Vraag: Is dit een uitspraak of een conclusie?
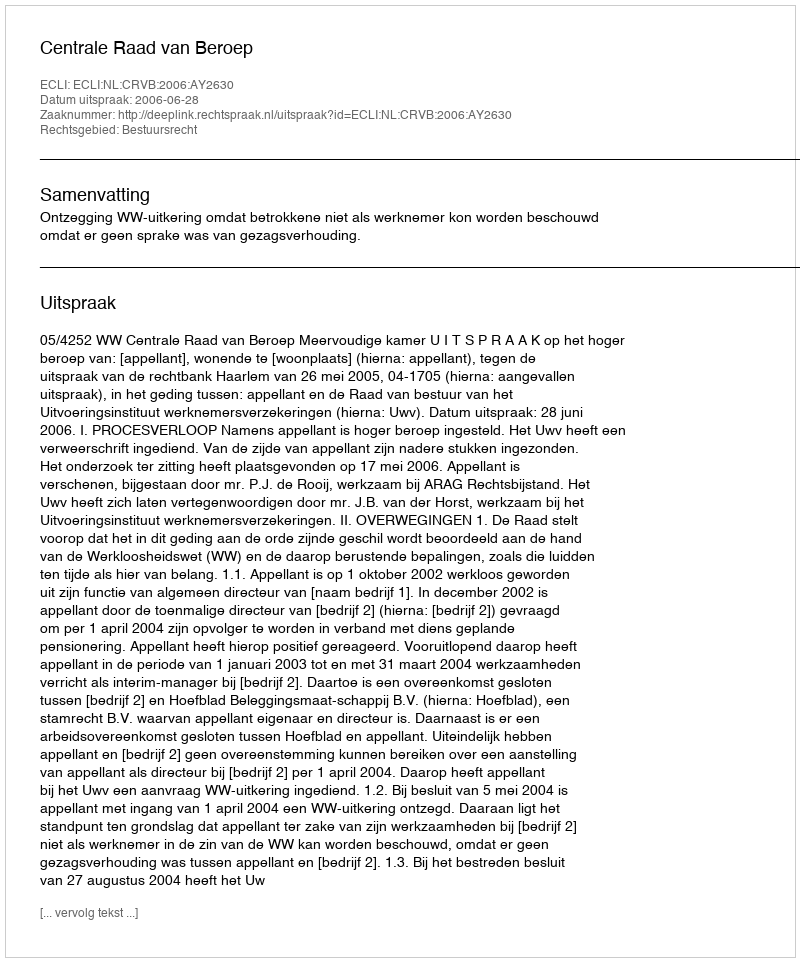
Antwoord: Uitspraak